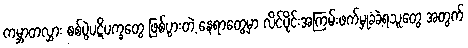
ကမ္ဘာတလွှား စစ်ပွဲပဋိပက္ခတွေ ဖြစ်ပွားတဲ့ နေရာတွေမှာ လိင်ပိုင်းအကြမ်းဖက်မှုခံခဲ့ရသူတွေ အတွက်